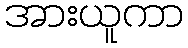
အားယူကာ